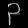
Digit: ၃